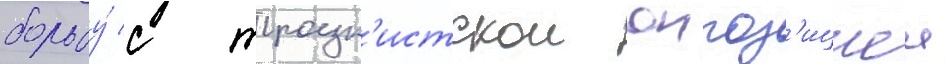
борьбу́ с троцк'истскои оппоз'ициеи